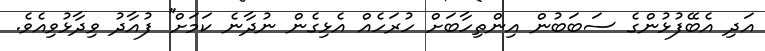
އަދި އެބޭފުޅުންގެ ސަބަބުން އިންތިހާބަށް ހުރަހެއް އެޅިގެން ނުދާނެ ކަމަށް'' ފުއާދު ވިދާޅުވިއެވެ.